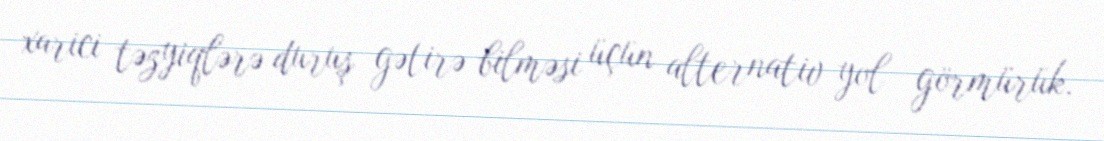
xarici təzyiqlərə duruş gətirə bilməsi üçün alternativ yol görmürük.